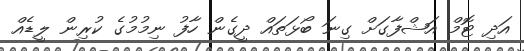
އަދި ޓޮމް އަޝްފާގަށް ގިނަ ބޯޅަތައް ދީގެން ހާފު ނިމުމުގެ ކުރިން ލީޑެއް